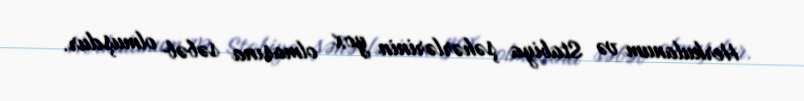
Herkulanum və Stabiya şəhərlərinin yox olmasına səbəb olmuşdur.